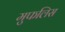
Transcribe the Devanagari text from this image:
मुफलिस